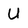
Character: U